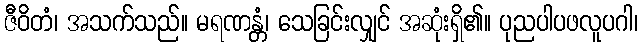
ဇီဝိတံ၊ အသက်သည်။ မရဏန္တံ၊ သေခြင်းလျှင် အဆုံးရှိ၏။ ပုညပါပဖလူပဂါ၊